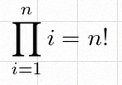
\prod_{i=1}^{n}i=n!